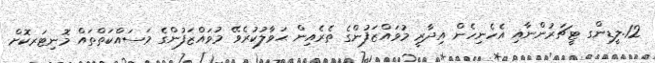
12.ލީޑިންގ ޓީޗަރުންނާއި އެހެނިހެން އިދާރީ މުވައްޒަފުންގެ ތެރެއިން ޙަވާލުކުރެވޭ މުވައްޒަފުންގެ މަސައްކަތްތައް މޮނިޓަރކޮށް